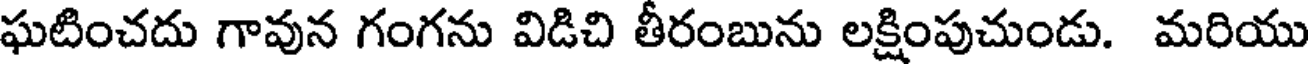
ఘటించదు గావున గంగను విడిచి తీరంబును లక్షింపుచుండు. మరియు